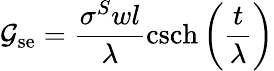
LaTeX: \mathcal{G}_{\mathrm{{se}}}=\frac{{\sigma^{S}wl}}{{\lambda}}\mathrm{{csch}}\left(\frac{{t}}{{\lambda}}\right)